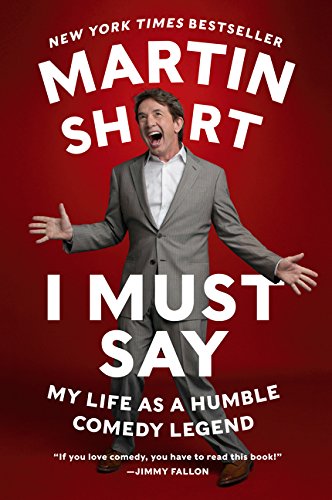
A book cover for I Must Say: My Life As a Humble Comedy Legend; Martin Short; Humor & Entertainment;